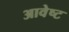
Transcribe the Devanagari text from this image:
आवेष्ट